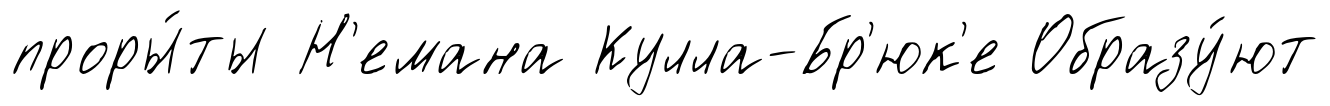
проры́ты Н'емана Кулла-Бр'юк'е Образу́ют